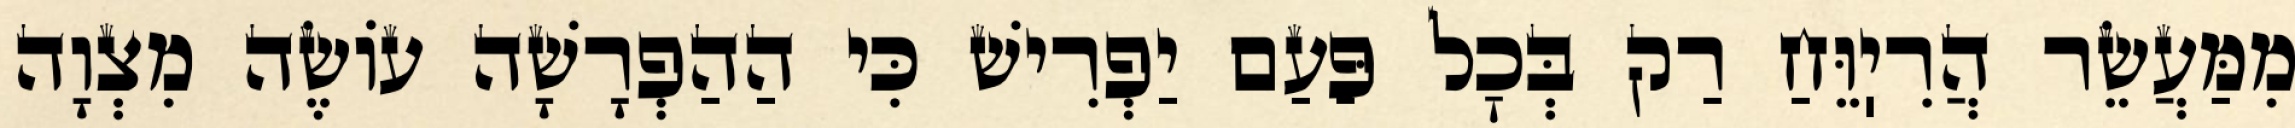
מִמַּעֲשֵׂר הֲרִיֽוֵּחַ רַק בְּכׇל פַּעַם יַפְרִישׁ כִּי הַהַפְרָשָׁה עוֹשֶׂה מִצְוָה